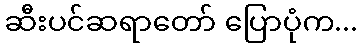
ဆီးပင်ဆရာတော် ပြောပုံက...